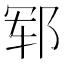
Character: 郓